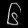
Digit: ၆